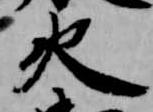
火